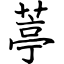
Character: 葶